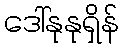
ဒေါ်နုနုရှိန်